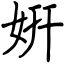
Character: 姸